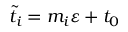
\tilde { t } _ { i } = m _ { i } \varepsilon + t _ { 0 }